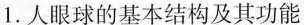
1.人眼球的基本结构及其功能